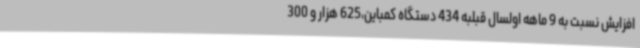
افزایش نسبت به 9 ماهه اولسال قبلبه 434 دستگاه کمباین،625 هزار و 300